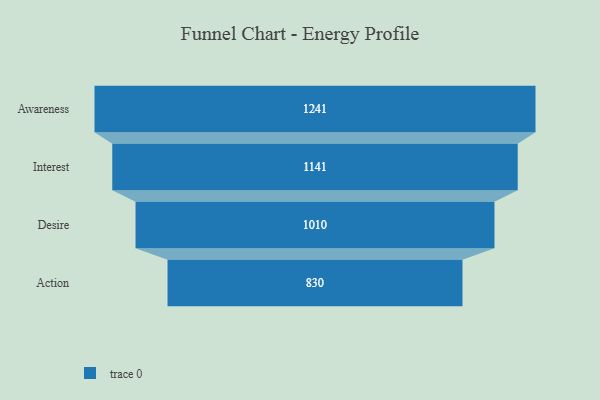
{"axis": {"x": "Stage", "y": "Value"}, "legend": [""], "data": [{"x": "Awareness", "y": 1241.0, "type": ""}, {"x": "Interest", "y": 1141.0, "type": ""}, {"x": "Desire", "y": 1010.0, "type": ""}, {"x": "Action", "y": 830.0, "type": ""}]}